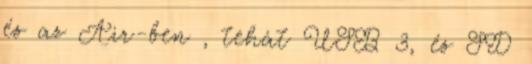
és az Air-ben , tehát USB 3, és SD